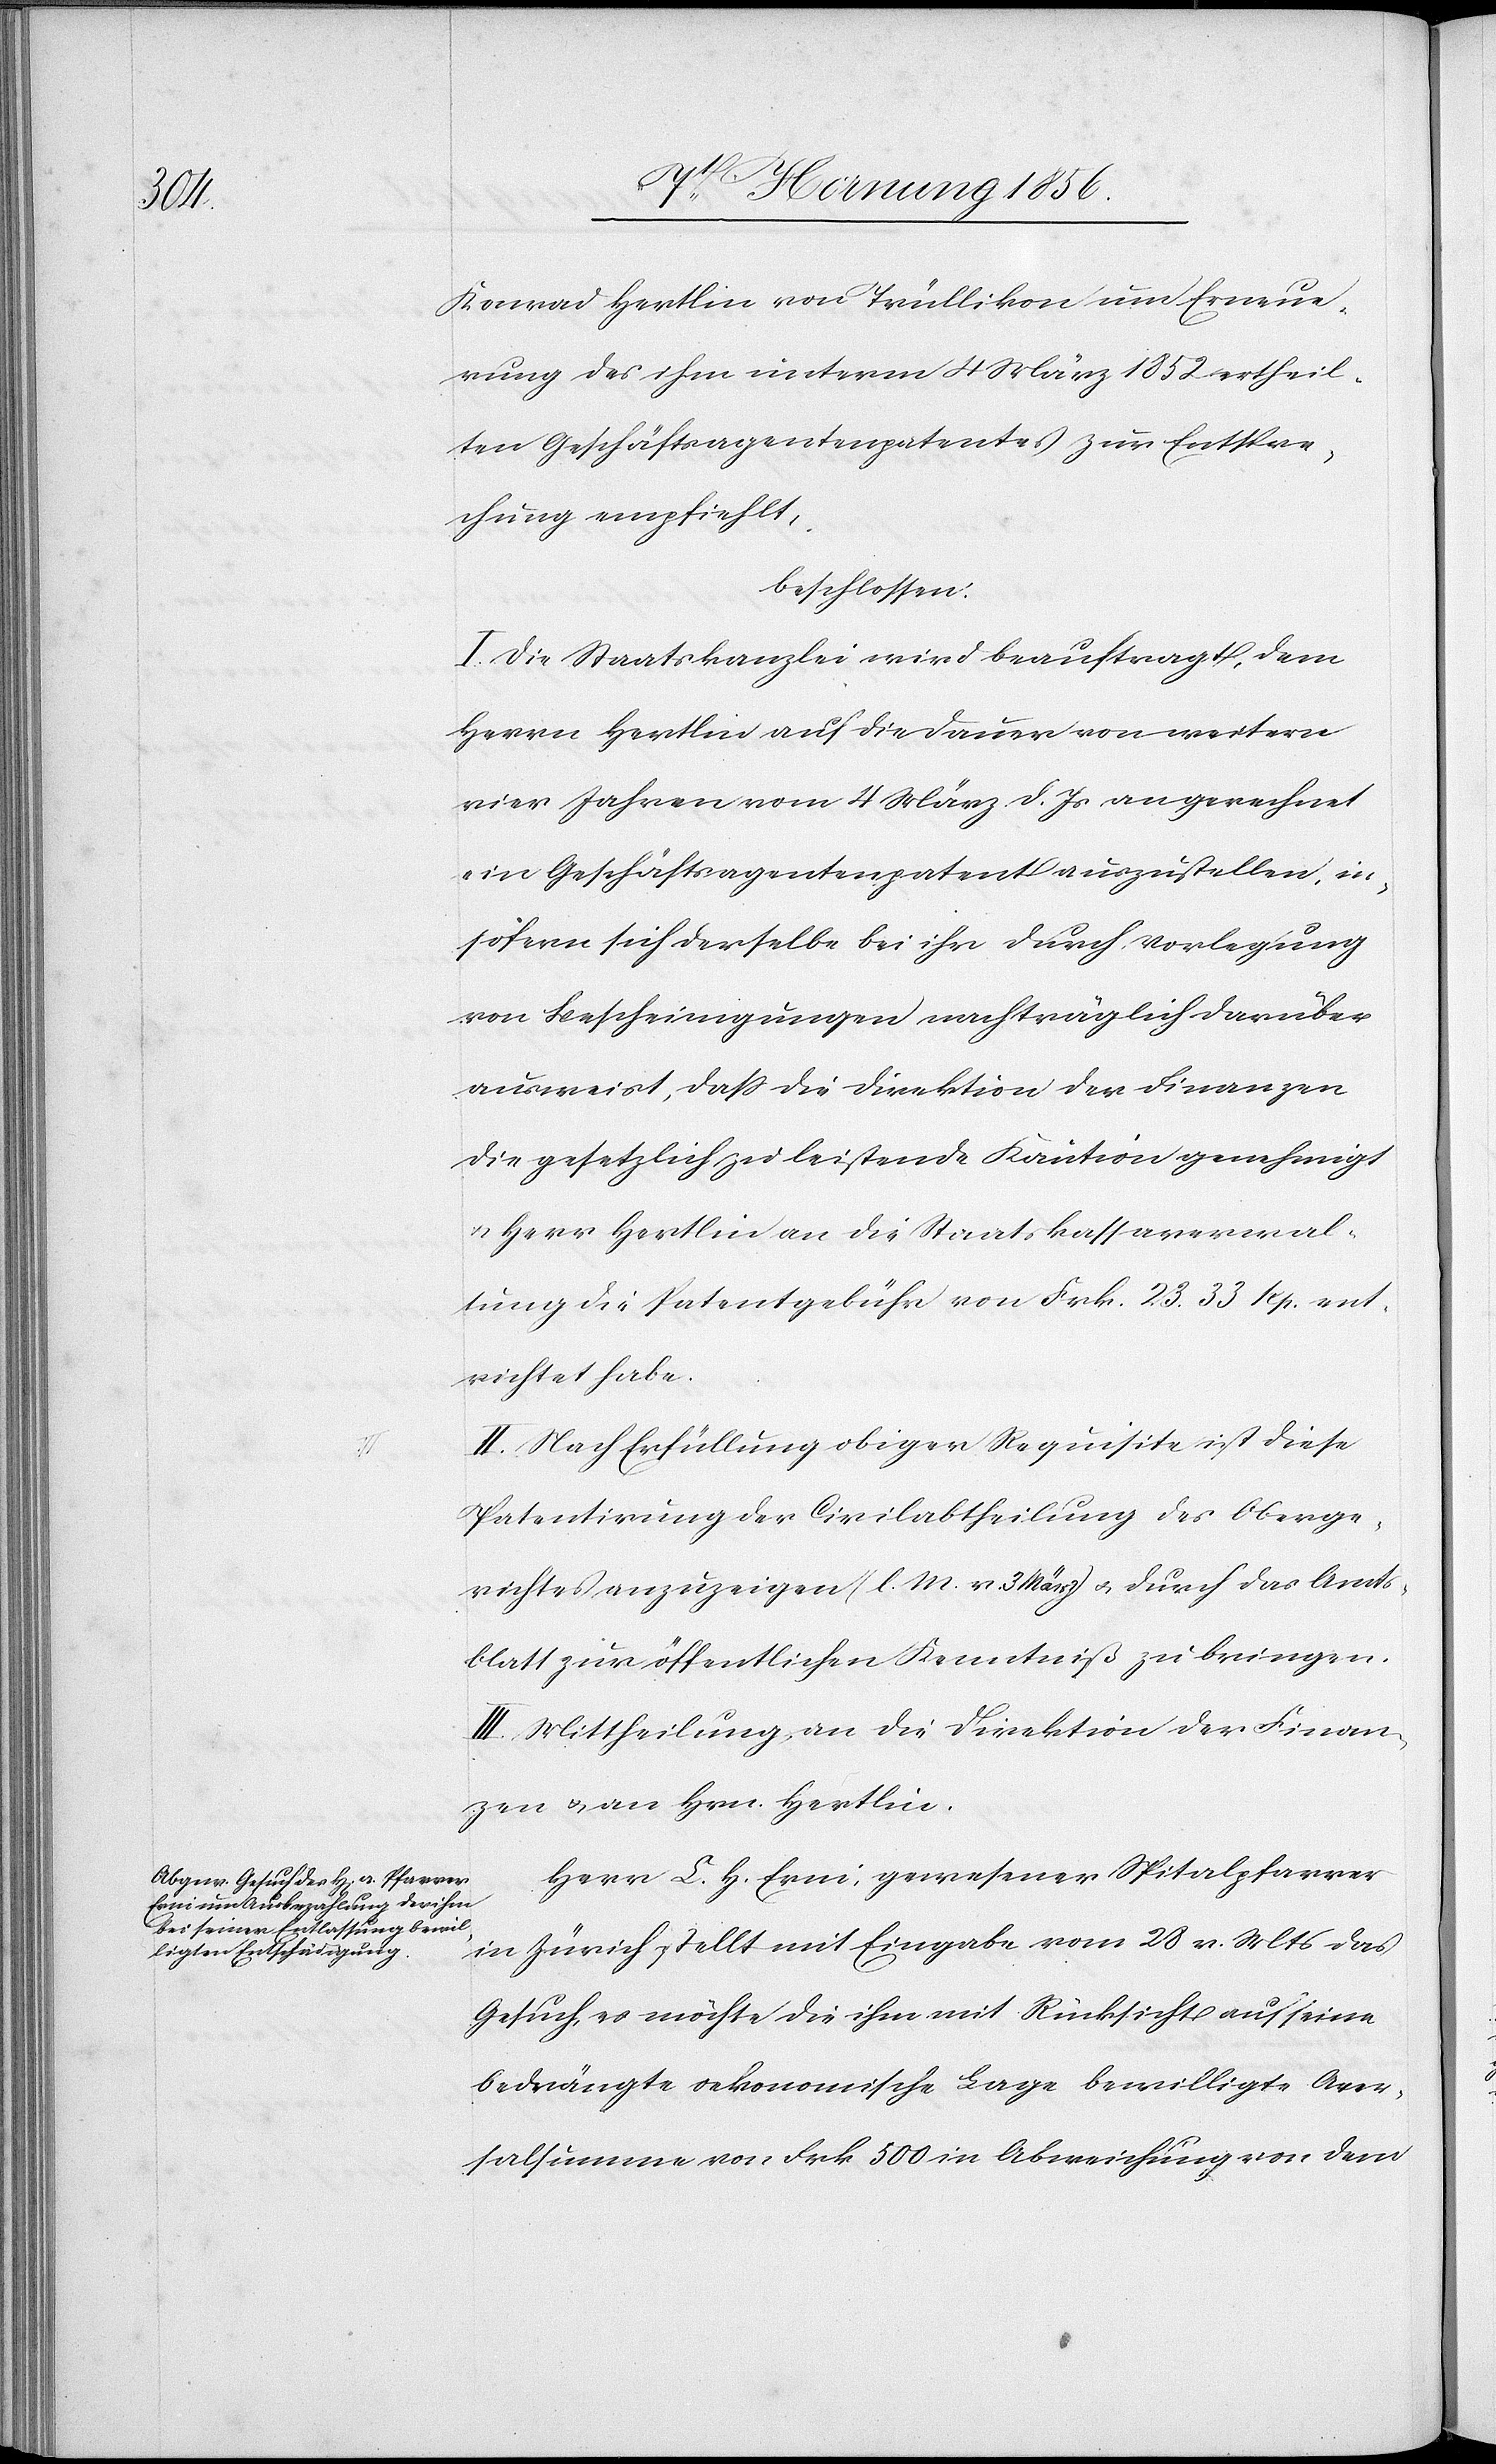
Konrad Hertlin von Trüllikon um Erneue¬
rung des ihm unterm 4 März 1852 ertheil¬
ten Geschäftsagentenpatentes zur Entspre¬
chung empfiehlt,
beschlossen:
I. Die Staatskanzlei wird beauftragt, dem
Herrn Hertlin auf die Dauer von weitern
vier Jahren vom 4 März d. Js an gerechnet
ein Geschäftsagentenpatent auszustellen, in¬
sofern sich derselbe bei ihr durch Vorlegung
von Bescheinigungen nachträglich darüber
ausweist, daß die Direktion der Finanzen
die gesetzlich zu leistende Kaution genehmigt
u. Herrn Hertlin an die Staatskassaverwal¬
tung die Patentgebühr von Frk. 23. 33 Rp. ent¬
richtet habe.
II. Nach Erfüllung obiger Requisite ist diese
Patentirung der Civilabtheilung des Oberge¬
richtes anzuzeigen (l. M. v. 3 März) u. durch das Amts¬
blatt zur öffentlichen Kenntniß zu bringen.
III. Mittheilung an die Direktion der Finan¬
zen u. an Hrn. Hertlin.
Herr L. H. Erni gewesener Spitalpfarrer
in Zürich stellt mit Eingabe vom 28 v. Mts das
Gesuch, es möchte die ihm mit Rücksicht auf seine
bedrängte oekonomische Lage bewilligte Aver¬
salsumme von Frk 500 in Abweichung von dem